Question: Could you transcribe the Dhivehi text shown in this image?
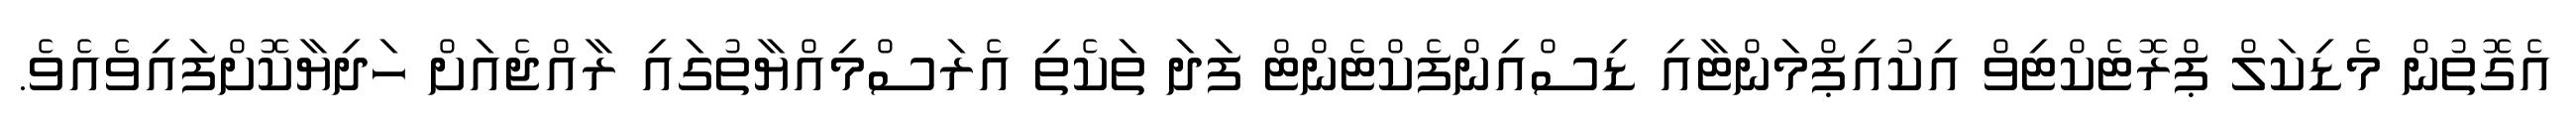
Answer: އެގޮތުން މެޑިކަލް ޕްރޮޓެކްޓިވް އިކުއިޕްމަންޓާއި ޑިސްއިންފެކްޓެންޓް ފަދަ ތަކެތި އެރަސްމިއްޔާތުގައި ރާއްޖެއަށް ހަދިޔާކޮށްފައިވެއެވެ.